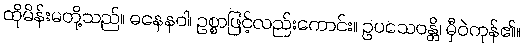
ထိုမိန်းမတို့သည်။ ဓနေနဝါ၊ ဥစ္စာဖြင့်လည်းကောင်း။ ဥပသေဝန္တိ၊ မှီဝဲကုန်၏။